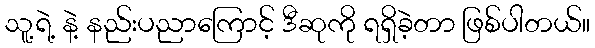
သူ့ရဲ့ နဲ့ နည်းပညာကြောင့် ဒီဆုကို ရရှိခဲ့တာ ဖြစ်ပါတယ်။